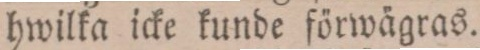
hwilka icke kunde förwägras.